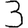
Digit: 3